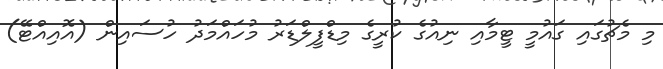
މި މެޗުގައި ގައުމީ ޓީމާއި ނިއުގެ ކުރީގެ މިޑްފީލްޑަރު މުހައްމަދު ހުސައިން (އޮއިއްޓޭ)